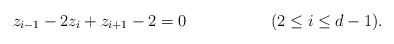
LaTeX: \begin{align*} z_{i-1} - 2 z_i + z_{i+1} -2 = 0 && (2 \leq i \leq d-1).\end{align*}